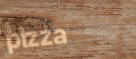
pizza